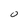
Character: O